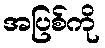
အပြစ်ကို